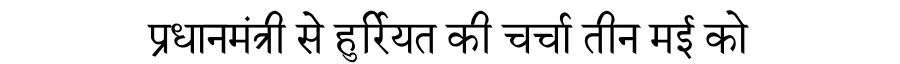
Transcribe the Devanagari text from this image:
प्रधानमंत्री से हुर्रियत की चर्चा तीन मई को